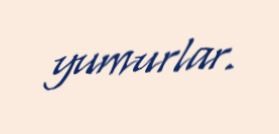
yumurlar.